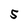
Character: S